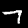
Digit: 7